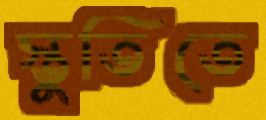
স্তুতিতে